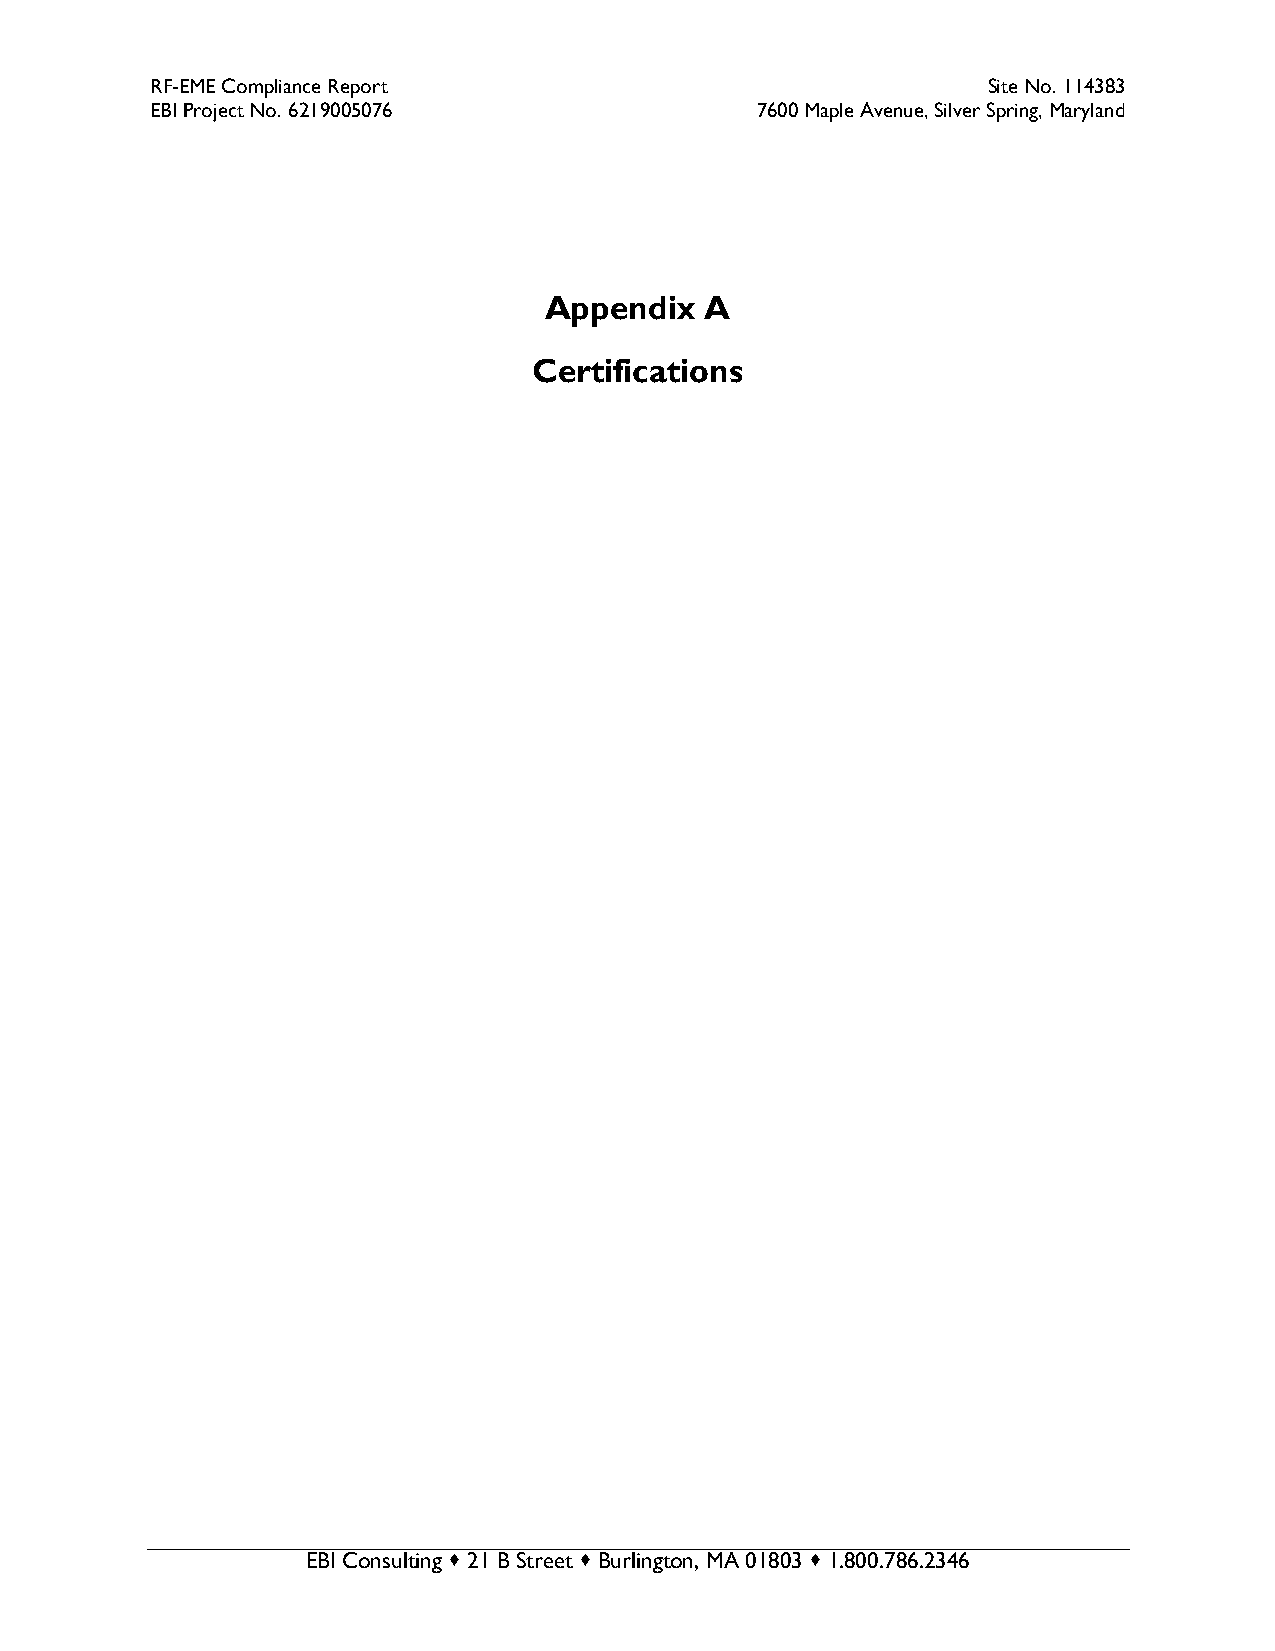
RF-EME Compliance Report                               Site No. 114383
 EBI Project No. 6219005076              7600 Maple Avenue, Silver Spring, Maryland
 Appendix   A
 Certifications
 EBI Consulting  21 B Street  Burlington, MA 01803  1.800.786.2346